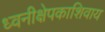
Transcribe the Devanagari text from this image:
ध्वनीक्षेपकाशिवाय